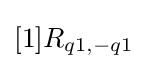
[1]R_{q1,-q1}